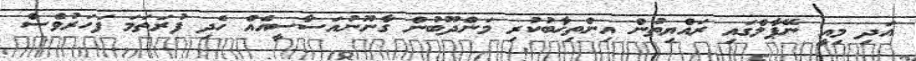
އަދި މިއީ ނޭޕާލްގައި ރައްޔިތުން އިންތިޚާބުކުރި މަންދޫބުން ގާނޫނުއަސާސީއެއް ހެދި ފުރަތަމަ ފަހަރުވެސް